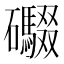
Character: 𮁘